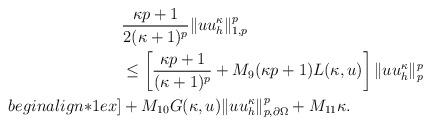
LaTeX: \begin{align*} &\frac{\kappa p+1}{2(\kappa+1)^p}\|u u_h^{\kappa}\|_{1,p}^p \\&\leq \left[\frac{\kappa p+1}{(\kappa+1)^p}+M_9(\kappa p +1)L(\kappa, u)\right]\|u u_h^{\kappa}\|_{p}^p\\begin{align*}1ex] & +M_{10}G(\kappa, u) \| u u_h^{\kappa} \|_{p,\partial\Omega}^p +M_{11}\kappa. \end{align*}